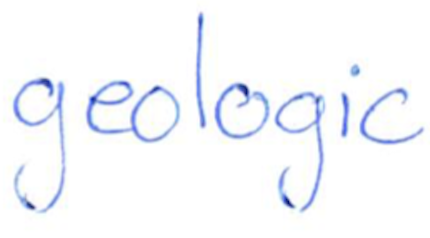
Text: geologic
Cross-out: clean
Writing tool: ballpoint